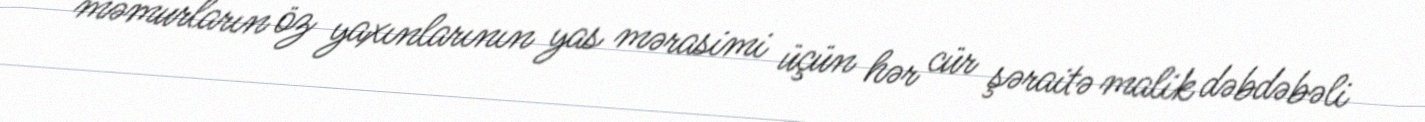
məmurların öz yaxınlarının yas mərasimi üçün hər cür şəraitə malik dəbdəbəli